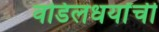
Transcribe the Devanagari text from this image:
वडिलधर्यांची